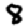
Digit: 8